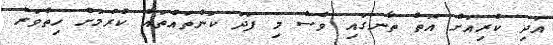
އަދި ކުރިއަށް އޮތް ތާނގައި ވެސް މި ފަދަ ކަންތައްތައް ކުރުމަށް ހިތްވަރު